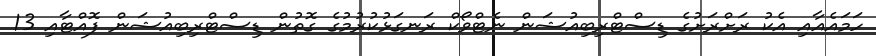
ހަމައެއާއި އެކު ރަށްރަށުގެ ޑިސްޓްރިބިއުޝަން ނެޓްވޯކް ރަނގަޅުކުރުމުގެ ގޮތުން ޑިސްޓްރިބިއުޝަން ފޮއްޓާއި 13